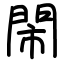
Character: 閙